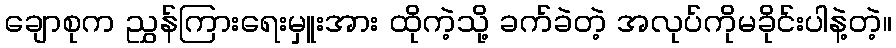
ချောစုက ညွှန်ကြားရေးမှူးအား ထိုကဲ့သို့ ခက်ခဲတဲ့ အလုပ်ကိုမခိုင်းပါနဲ့တဲ့။